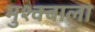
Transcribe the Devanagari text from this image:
मुश्क्बाला